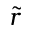
\Tilde { r }